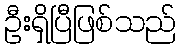
ဦးရှိပြီဖြစ်သည်